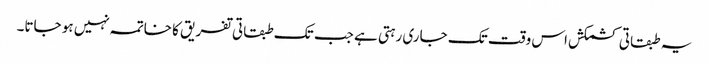
یہ طبقاتی کشمکش اس وقت تک جاری رہتی ہے جب تک طبقاتی تفریق کا خاتمہ نہیں ہو جاتا۔